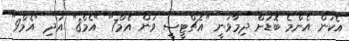
އެކަން އެންމެ ބޮޑަށް ދިމާވަނީ "އެޗްޓީސީ ވަން އެމް7" "އެމް8" އަދި "އެމް9"